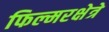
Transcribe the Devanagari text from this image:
फिल्मरक्षेत्रे